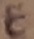
Text: E